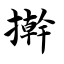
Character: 擀